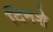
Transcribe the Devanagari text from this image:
दिनशे